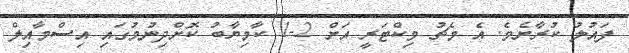
ފައުލު ކުރާށެވެ. އެ މެޗު ވިކްޓަރީ އަށް 2-1 ކާމިޔާބު ކޮށްދިނުމުގައި އިސްމާއިލް